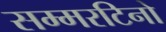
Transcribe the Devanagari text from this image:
सम्मरटिनो